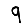
Digit: 9